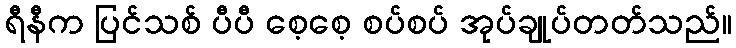
ရီနီက ပြင်သစ် ပီပီ စေ့စေ့ စပ်စပ် အုပ်ချုပ်တတ်သည်။